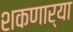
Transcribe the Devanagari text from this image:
शकणार्‍या